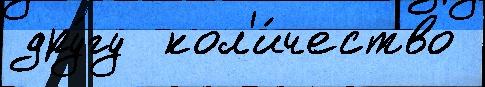
дру́гу  кол'и́чество